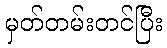
မှတ်တမ်းတင်ပြီး